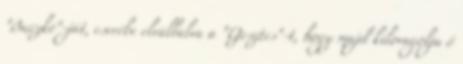
"Buczkó"-ját, cserébe elvállalva a "Gesztes"-t, hogy majd kilovagolja ő